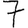
Digit: 7